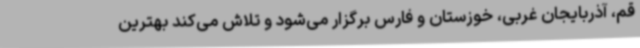
قم، آذربایجان غربی، خوزستان و فارس برگزار می‌شود و تلاش می‌کند بهترین